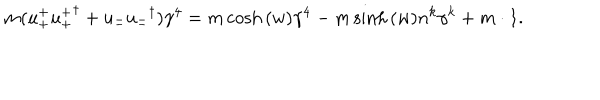
m ( u _ { + } ^ { + } { u _ { + } ^ { + } } ^ { \dagger } + u _ { - } ^ { - } { u _ { - } ^ { - } } ^ { \dagger } ) \gamma ^ { 4 } = m \cosh { ( w ) } \gamma ^ { 4 } - m \sinh { ( w ) } n ^ { k } \gamma ^ { k } + m \cdot 1 .